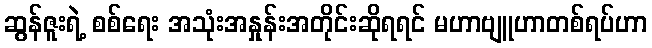
ဆွန်ဇူးရဲ့ စစ်ရေး အသုံးအနှုန်းအတိုင်းဆိုရရင် မဟာဗျူဟာတစ်ရပ်ဟာ